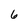
Character: 6